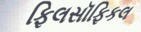
ફિલસૉફિકલ